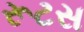
રૂટસ